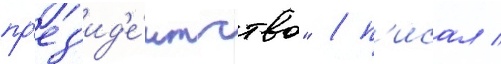
пр'ез'ид'е́нтство" / п'исал /